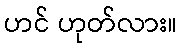
ဟင် ဟုတ်လား။